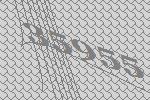
35955